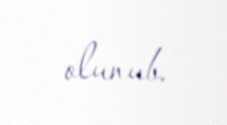
olunub.